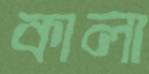
কালা